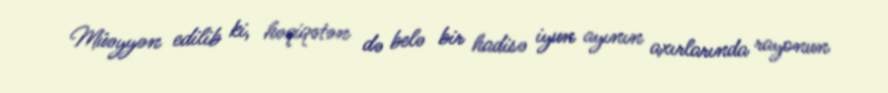
Müəyyən edilib ki, həqiqətən də belə bir hadisə iyun ayının axırlarında rayonun